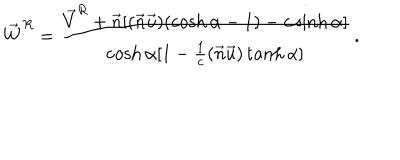
\overrightarrow { W } ^ { R } = \frac { \vec { V } ^ { R } + \vec { n } [ ( \vec { n } \vec { u } ) ( \cosh \alpha - 1 ) - c \sinh \alpha ] } { \cosh \alpha [ 1 - \frac { 1 } { c } ( \vec { n } \vec { u } ) \tanh \alpha ] } \, .